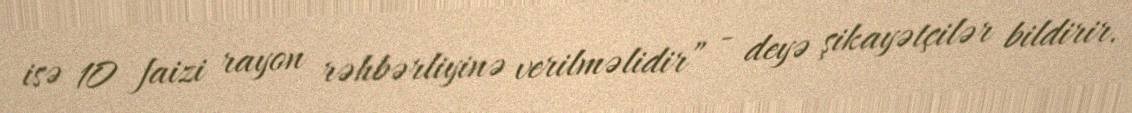
isə 10 faizi rayon rəhbərliyinə verilməlidir” - deyə şikayətçilər bildirir.